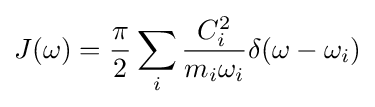
J(\omega )={\frac {\pi }{2}}\sum _{i}{\frac {C_{i}^{2}}{m_{i}\omega _{i}}}\delta (\omega -\omega _{i})